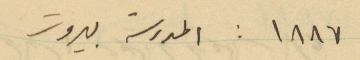
١٨٨٧ : المدرسة بيروت